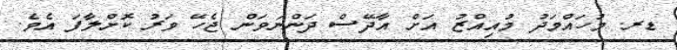
ޑރ. މުހައްމަދު މުއިއްޒު އަށް އާދޭސް ދަންނަވަން ޖެހޭ ވަރު ކޮށްލާފަ އެވެ.